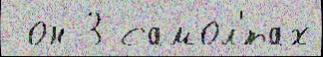
 он 3 самол'́тах